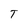
Character: T